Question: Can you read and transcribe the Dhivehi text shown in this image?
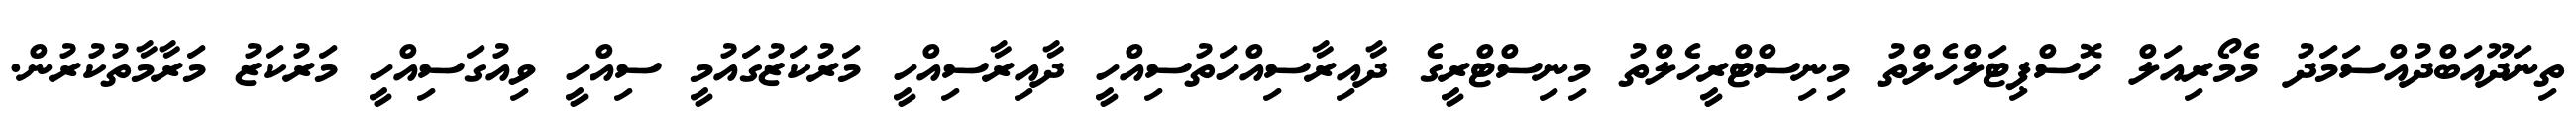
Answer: ތިނަދޫއަބްދުއްސަމަދު މެމޯރިއަލް ހޮސްޕިޓަލްހެލްތު މިނިސްޓްރީހެލްތު މިނިސްޓްރީގެ ދާއިރާސިއްހަތުސިއްހީ ދާއިރާސިއްހީ މަރުކަޒުގައުމީ ސިއްހީ ވިއުގަސިއްހީ މަރުކަޒު މަރާމާތުކުރުން.